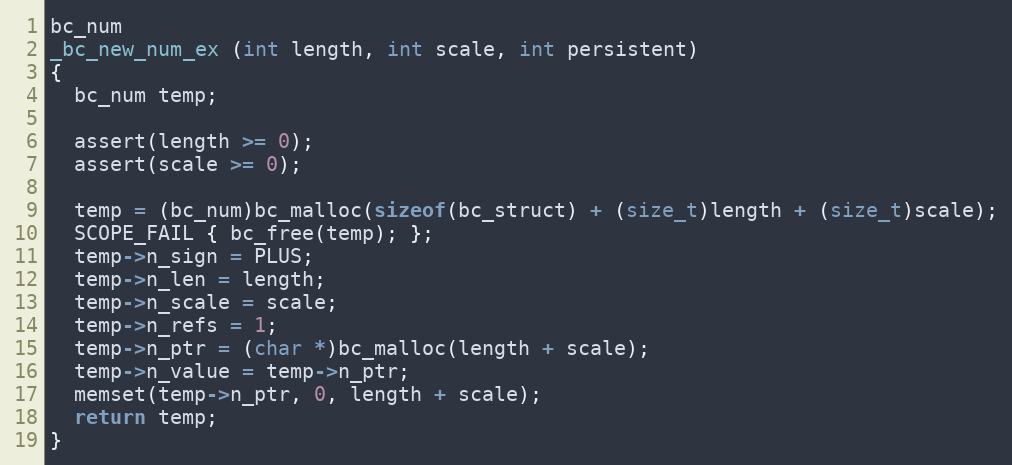
Language: C++
bc_num
_bc_new_num_ex (int length, int scale, int persistent)
{
  bc_num temp;

  assert(length >= 0);
  assert(scale >= 0);

  temp = (bc_num)bc_malloc(sizeof(bc_struct) + (size_t)length + (size_t)scale);
  SCOPE_FAIL { bc_free(temp); };
  temp->n_sign = PLUS;
  temp->n_len = length;
  temp->n_scale = scale;
  temp->n_refs = 1;
  temp->n_ptr = (char *)bc_malloc(length + scale);
  temp->n_value = temp->n_ptr;
  memset(temp->n_ptr, 0, length + scale);
  return temp;
}